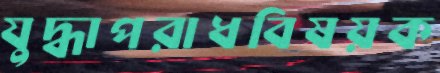
যুদ্ধাপরাধবিষয়ক